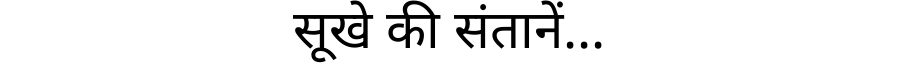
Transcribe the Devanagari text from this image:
सूखे की संतानें...